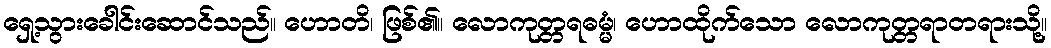
ရှေ့သွားခေါင်းဆောင်သည်။ ဟောတိ၊ ဖြစ်၏။ လောကုတ္တရဓမ္မံ၊ ဟောထိုက်သော လောကုတ္တရာတရားသို့။